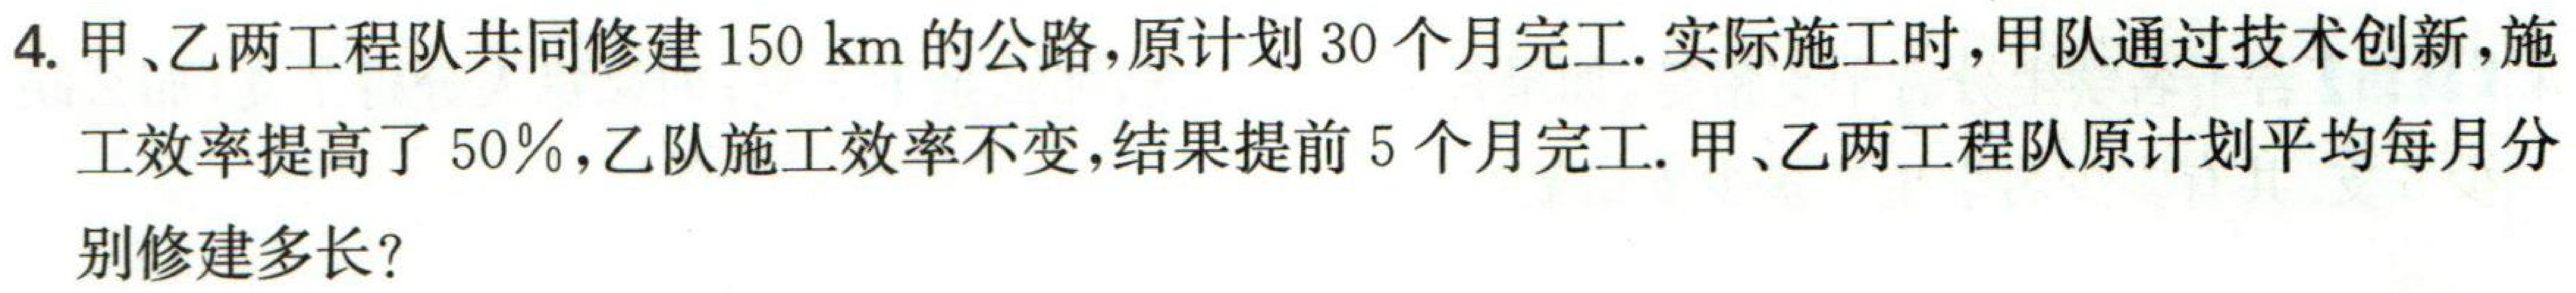
4. 甲、乙两工程队共同修建\(150\mathrm{\ km}\)的公路，原计划\(30\)个月完工. 实际施工时，甲队通过技术创新，施工效率提高了\(50\%\)，乙队施工效率不变，结果提前\(5\)个月完工. 甲、乙两工程队原计划平均每月分别修建多长？